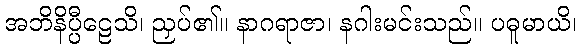
အဘိနိပ္ပီဠေသိ၊ ညှပ်၏။ နာဂရာဇာ၊ နဂါးမင်းသည်။ ပဓူမာယိ၊